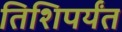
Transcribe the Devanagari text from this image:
तिशिपर्यंत